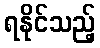
ရနိုင်သည့်